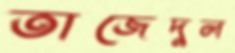
তাজেদুল